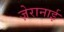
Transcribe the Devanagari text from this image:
ज़ेरानाई